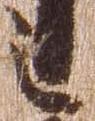
之